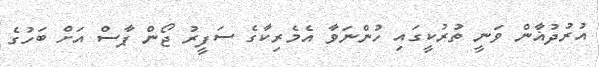
އުރުދުޣާން ވަނީ ތުރުކީގައި ހުންނަވާ އެމެރިކާގެ ސަފީރު ޖޯން ޕާސް އަށް ބަހުގެ